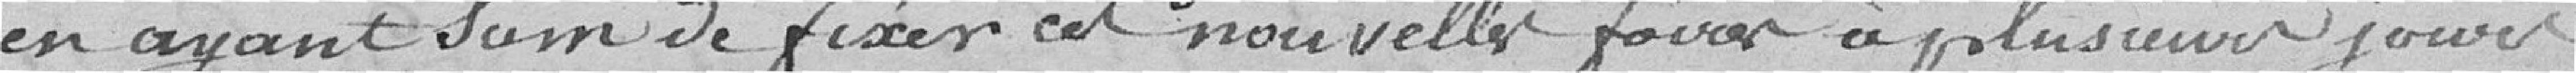
en ayant soin de fixer ces nouvelles foires à plusieurs jours